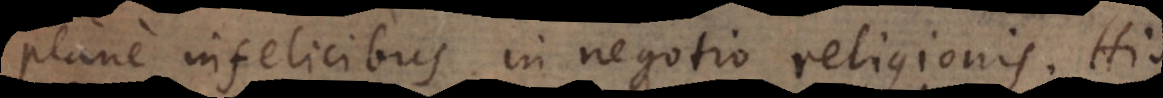
plane infelicibus in negotio religionis. His